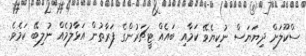
ސްކޫލަށް ދިޔަޔަސް ނުކިޔެވޭ ކަމާއި ބައެއް ޓީޗަރުންގެ ފަރާތުން އަޅާލުމެއް ނުލިބޭ ކަމެވެ.